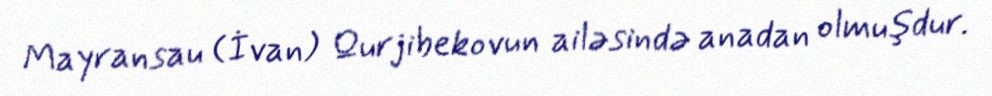
Mayransau (İvan) Qurjibekovun ailəsində anadan olmuşdur.